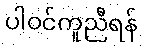
ပါဝင်ကူညီရန်